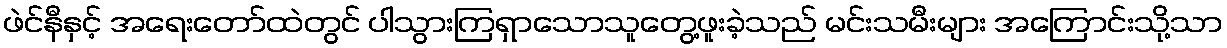
ဖဲင်နီနှင့် အရေးတော်ထဲတွင် ပါသွားကြရှာသောသူတွေ့ဖူးခဲ့သည် မင်းသမီးများ အကြောင်းသို့သာ